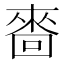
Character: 𠻮